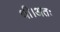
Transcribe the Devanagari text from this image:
थी।अतः